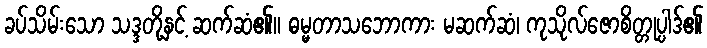
ခပ်သိမ်းသော သဒ္ဒတို့နှင့် ဆက်ဆံ၏။ ဓမ္မတာသဘောကား မဆက်ဆံ၊ ကုသိုလ်ဇောစိတ္တုပ္ပါဒ်၏